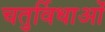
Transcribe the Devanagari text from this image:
चतुर्विधाओं